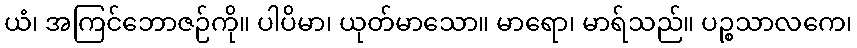
ယံ၊ အကြင်ဘောဇဉ်ကို။ ပါပိမာ၊ ယုတ်မာသော။ မာရော၊ မာရ်သည်။ ပဉ္စသာလကေ၊